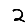
Digit: 2